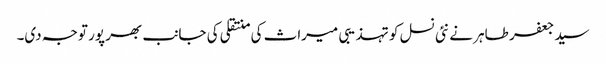
سید جعفر طاہر نے نئی نسل کو تہذیبی میراث کی منتقلی کی جانب بھر پور توجہ دی۔